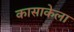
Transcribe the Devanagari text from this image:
कासाकेला